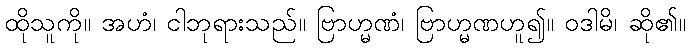
ထိုသူကို။ အဟံ၊ ငါဘုရားသည်။ ဗြာဟ္မဏံ၊ ဗြာဟ္မဏဟူ၍။ ဝဒါမိ၊ ဆို၏။